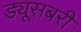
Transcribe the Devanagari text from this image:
ड्यूसबरी